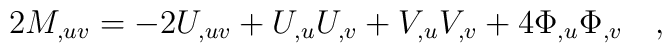
2M_{,uv}=-2U_{,uv}+U_{,u}U_{,v}+V_{,u}V_{,v}+4 \Phi_{,u} \Phi_{,v}  \quad ,